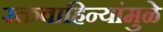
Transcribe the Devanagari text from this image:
रक्तवाहिन्यांमुळे